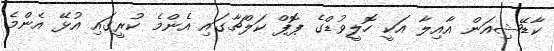
ކާޑޭޝިއަން އާއިލާ އަކީ ހޮލީވުޑްގެ ޕޮޕް ކަލްޗާގައި އެންމެ ކުރީގައި އުޅޭ އެންމެ